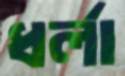
ধর্লা